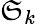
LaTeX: \mathfrak{S}_{k}